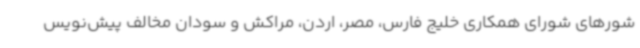
شورهای شورای همکاری خلیج فارس، مصر، اردن، مراکش و سودان مخالف پیش‌نویس